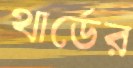
থার্ডের